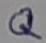
Text: Q